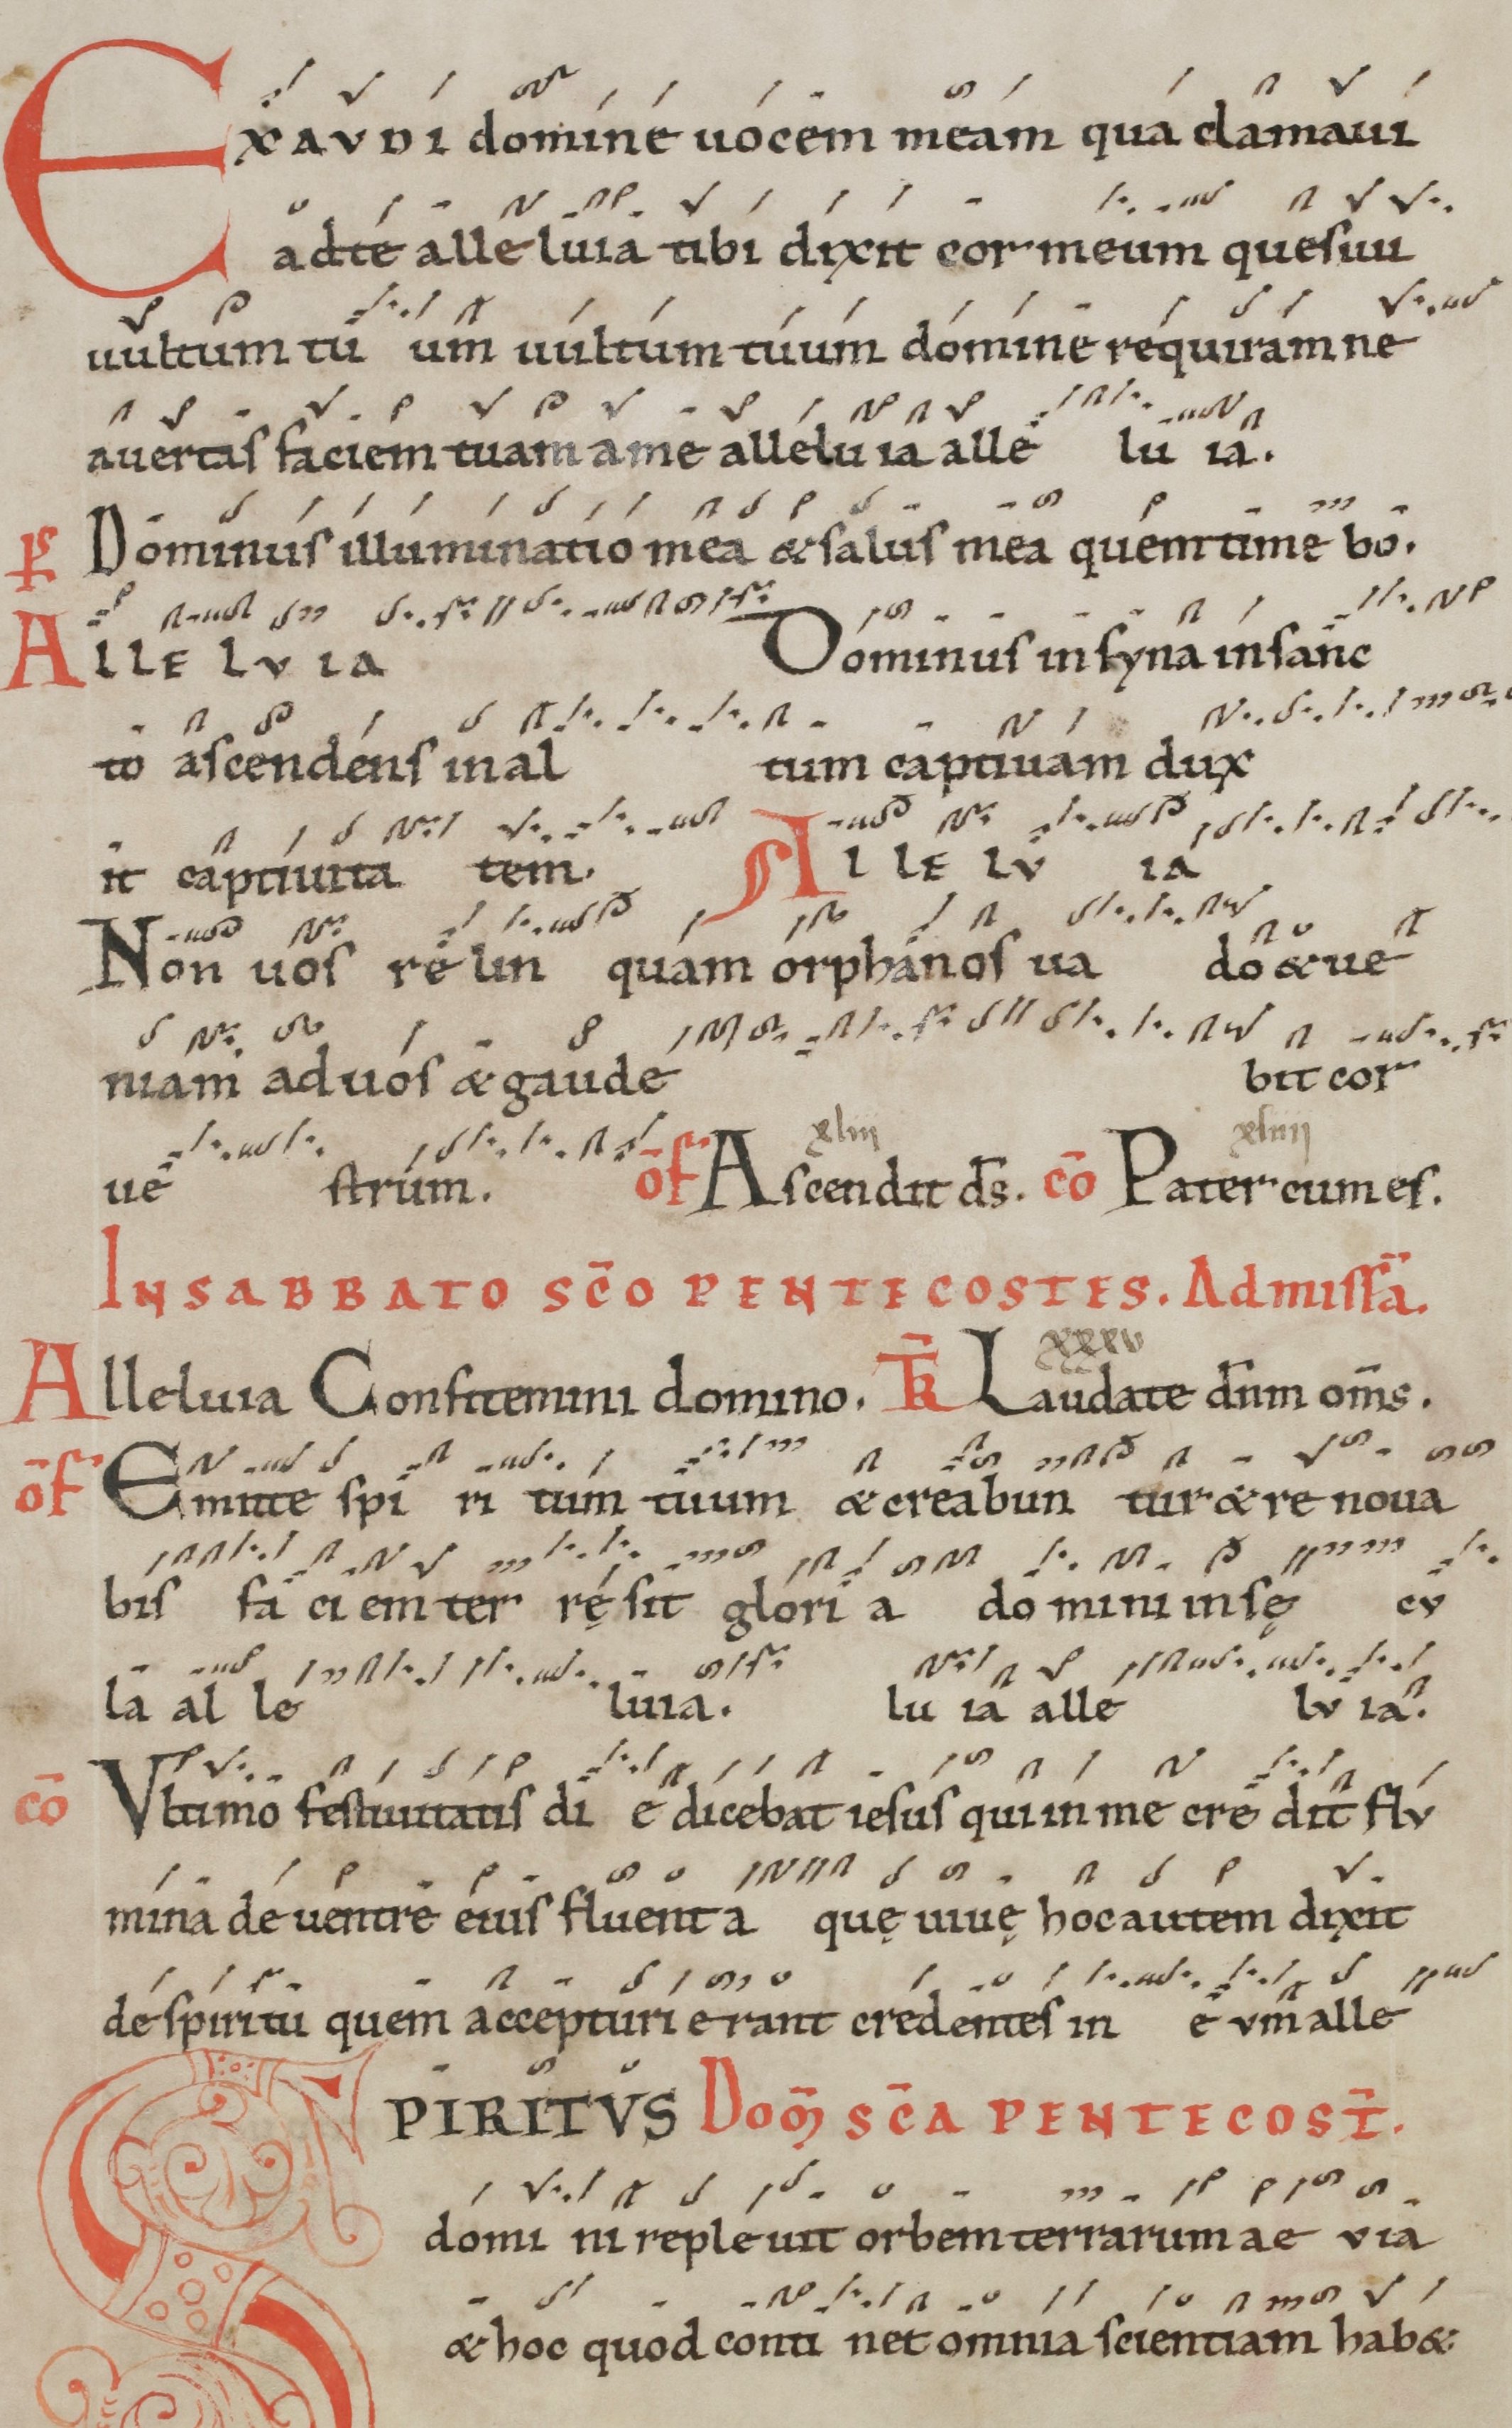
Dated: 1100–1199